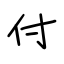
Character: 付